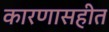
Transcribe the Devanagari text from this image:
कारणासहीत